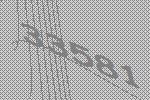
33581